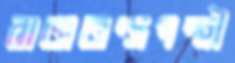
রাজতন্ত্রপন্থী